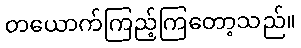
တယောက်ကြည့်ကြတော့သည်။